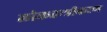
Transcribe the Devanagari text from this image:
लोकतन्‍त्रीकरण